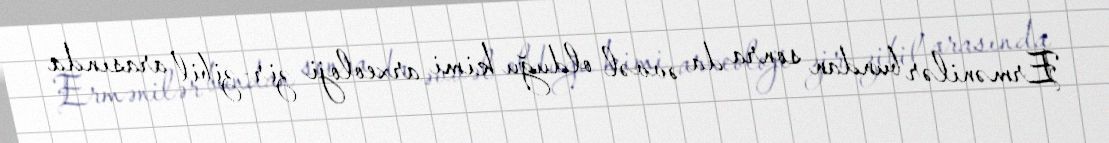
Ermənilər bundan sonra da əvvəl olduğu kimi arxeoloji zir-zibil arasında